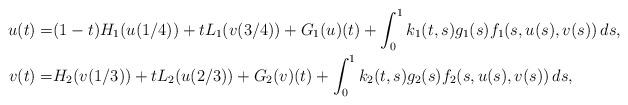
LaTeX: \begin{align*}u(t)=&(1-t)H_{1}(u(1/4))+tL_{1}(v(3/4))+G_1(u)(t)+ \int_{0}^{1}k_1(t,s)g_1(s)f_1(s,u(s),v(s))\,ds, \\v(t)=&H_{2}(v(1/3))+tL_{2}(u(2/3))+G_2(v)(t)+\int_{0}^{1}k_2(t,s)g_2(s)f_2(s,u(s),v(s))\,ds,\end{align*}